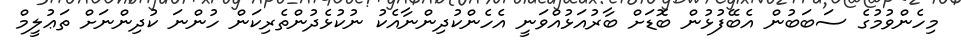
މިހެންވުމުގެ ސަބަބުން އެބޭފުޅުން ބޮޑަށް ބާރުއަޅުއްވަނީ އެހެންކުދިންނާއެކު ނުކުޅެދުންތެރިކަން ހުންނަ ކުދިންނަށް ތަޢުލީމް